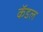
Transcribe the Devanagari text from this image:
कॅडल